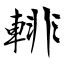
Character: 輫